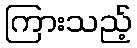
ကြားသည့်